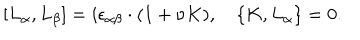
[ L _ { \alpha } , L _ { \beta } ] = i \epsilon _ { \alpha \beta } \cdot ( 1 + \nu K ) , \quad \{ K , L _ { \alpha } \} = 0 .